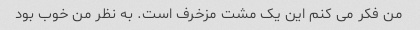
من فکر می کنم این یک مشت مزخرف است. به نظر من خوب بود